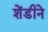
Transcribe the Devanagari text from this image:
शेंडीने